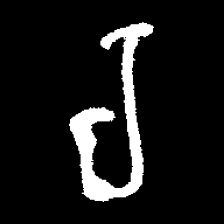
Pyu character \u2014 Myanmar letter: ရ (romanized: ra)